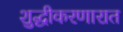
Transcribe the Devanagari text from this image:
शुद्धीकरणारात